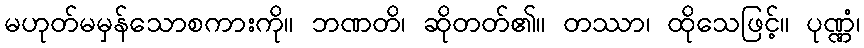
မဟုတ်မမှန်သောစကားကို။ ဘဏတိ၊ ဆိုတတ်၏။ တဿာ၊ ထိုသေဖြင့်။ ပုဏ္ဏံ၊